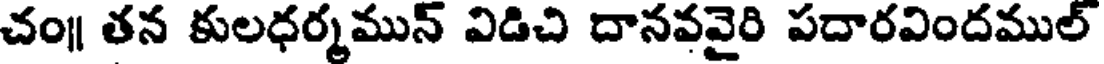
చం॥ తన కులధర్మమున్ విడిచి దానవవైరి పదారవిందముల్